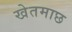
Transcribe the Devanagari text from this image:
खेतमाछ